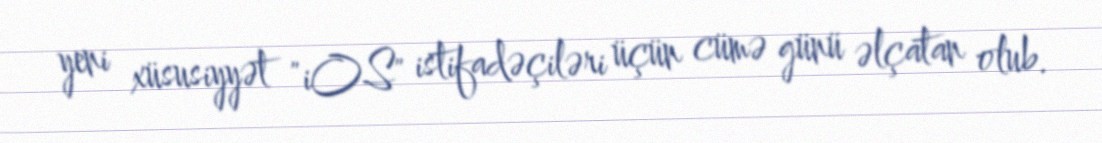
yeni xüsusiyyət "iOS" istifadəçiləri üçün cümə günü əlçatan olub.